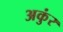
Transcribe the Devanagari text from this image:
अकुंर